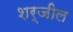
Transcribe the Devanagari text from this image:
शर्जील